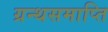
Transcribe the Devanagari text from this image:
ग्रन्थसमाप्ति